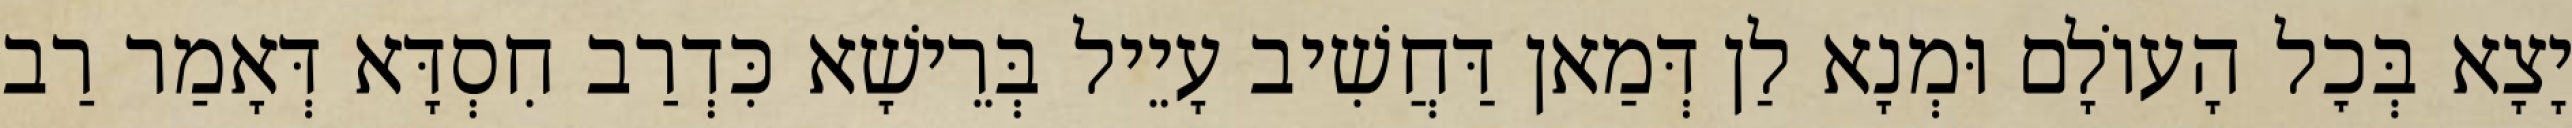
יָצָא בְּכׇל הָעוֹלָם וּמְנָא לַן דְּמַאן דַּחֲשִׁיב עָיֵיל בְּרֵישָׁא כִּדְרַב חִסְדָּא דְּאָמַר רַב